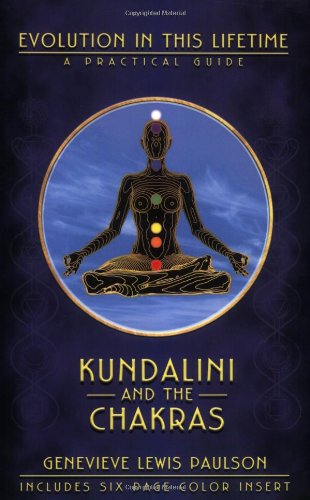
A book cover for Kundalini & the Chakras: Evolution in this Lifetime (Llewellyn's new age series); Genevieve L. Paulson; Religion & Spirituality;